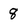
Character: 8